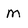
Character: m